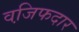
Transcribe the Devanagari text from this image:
वजि़फदार